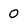
Character: 0